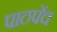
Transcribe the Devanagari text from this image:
पाठपेंच